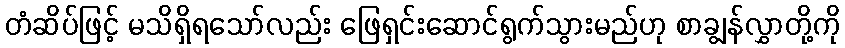
တံဆိပ်ဖြင့် မသိရှိရသော်လည်း ဖြေရှင်းဆောင်ရွက်သွားမည်ဟု စာချွန်လွှာတို့ကို